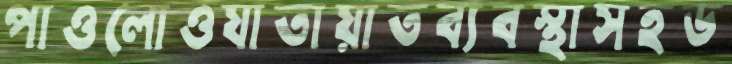
পাওলোওযাতায়াতব্যবস্থাসহড